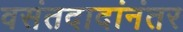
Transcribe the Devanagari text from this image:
वसंतदादांनंतर